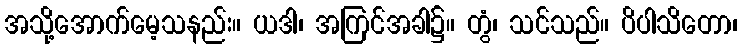
အသို့အောက်မေ့သနည်း။ ယဒါ၊ အကြင်အခါ၌။ တွံ၊ သင်သည်။ ပိပါသိတော၊